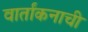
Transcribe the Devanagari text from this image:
वार्तांकनाची